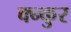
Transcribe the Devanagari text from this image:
क्न्कुर